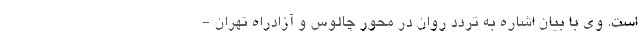
است. وی با بیان اشاره به تردد روان در محور چالوس و آزادراه تهران -